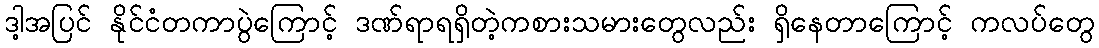
ဒါ့အပြင် နိုင်ငံတကာပွဲကြောင့် ဒဏ်ရာရရှိတဲ့ကစားသမားတွေလည်း ရှိနေတာကြောင့် ကလပ်တွေ